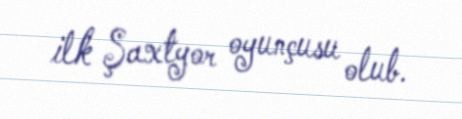
ilk Şaxtyor oyunçusu olub.